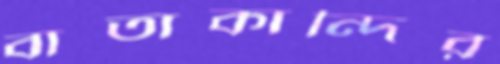
বাতাকান্দির